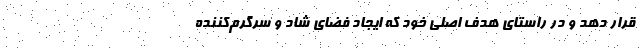
قرار دهد و در راستای هدف اصلی خود که ایجاد فضای شاد و سرگرم‌کننده